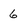
Character: 6